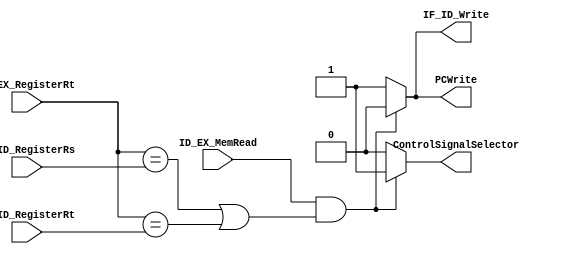
module HazardDetectionUnit(
    input [4:0] ID_EX_RegisterRt, IF_ID_RegisterRs, IF_ID_RegisterRt,
    input ID_EX_MemRead,
    
    output reg PCWrite, IF_ID_Write, ControlSignalSelector
);
    always @(*) begin
        if (
            ID_EX_MemRead &&
            ((ID_EX_RegisterRt == IF_ID_RegisterRs) || (ID_EX_RegisterRt == IF_ID_RegisterRt))
        ) begin
            PCWrite <= 0;
            IF_ID_Write <= 0;
            ControlSignalSelector <= 1;
        end
        else begin
            PCWrite <= 1;
            IF_ID_Write <= 1;
            ControlSignalSelector <= 0;
        end
    end
endmodule